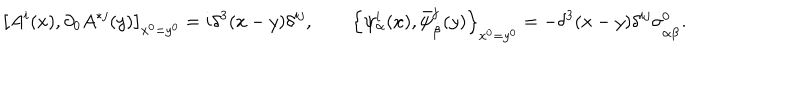
LaTeX: \left[ A ^ { i } ( x ) , \partial _ { 0 } A ^ { * j } ( y ) \right] _ { x ^ { 0 } = y ^ { 0 } } = i \delta ^ { 3 } ( x - y ) \delta ^ { i j } , \qquad \left\{ \psi _ { \alpha } ^ { i } ( x ) , \bar { \psi } _ { \dot { \beta } } ^ { j } ( y ) \right\} _ { x ^ { 0 } = y ^ { 0 } } = - \delta ^ { 3 } ( x - y ) \delta ^ { i j } \sigma _ { \alpha \dot { \beta } } ^ { 0 } .